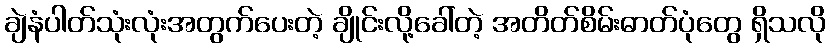
ချဲနံပါတ်သုံးလုံးအတွက်ပေးတဲ့ ချိုင်းလို့ခေါ်တဲ့ အတိတ်စိမ်းဓာတ်ပုံတွေ ရှိသလို